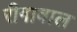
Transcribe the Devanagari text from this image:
रीगावाल